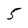
Character: 5